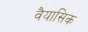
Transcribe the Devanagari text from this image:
वैयासिक